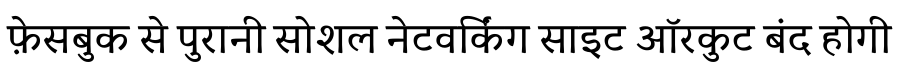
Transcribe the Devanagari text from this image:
फ़ेसबुक से पुरानी सोशल नेटवर्किंग साइट ऑरकुट बंद होगी